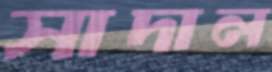
সাদাল